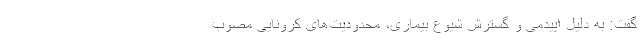
گفت: به دلیل اپیدمی و گسترش شیوع بیماری، محدودیت‌های کرونایی مصوب